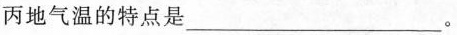
丙地气温的特点是___。